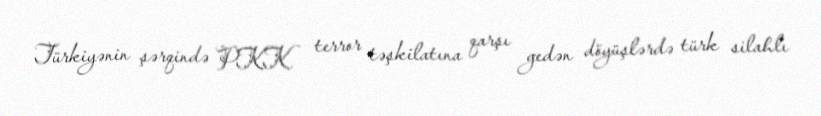
Türkiyənin şərqində PKK terror təşkilatına qarşı gedən döyüşlərdə türk silahlı